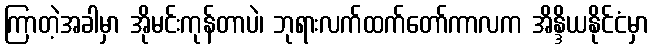
ကြာတဲ့အခါမှာ အိုမင်းကုန်တာပဲ၊ ဘုရားလက်ထက်တော်ကာလက အိန္ဒိယနိုင်ငံမှာ